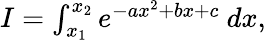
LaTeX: \begin{array}{r}{I=\int_{x_{1}}^{x_{2}}e^{-ax^{2}+bx+c}\ dx,}\end{array}